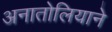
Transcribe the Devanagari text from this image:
अनातोलियाने